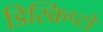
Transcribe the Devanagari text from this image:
डिस्क्रिप्टो